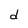
Character: d